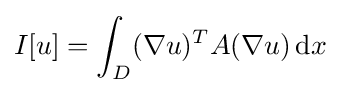
I[u]=\int _{D}(\nabla u)^{T}A(\nabla u)\,\mathrm {d} x